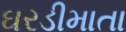
ઘરડીમાતા